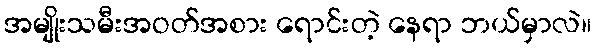
အမျိုးသမီးအဝတ်အစား ရောင်းတဲ့ နေရာ ဘယ်မှာလဲ။